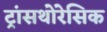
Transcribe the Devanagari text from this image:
ट्रांसथोरेसिक